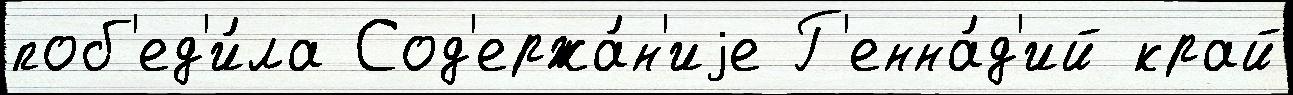
поб'ед'и́ла Сод'ержа́н'иjе Г'енна́д'ий край